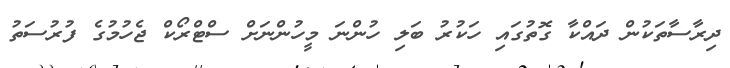
ދިރާސާތަކުން ދައްކާ ގޮތުގައި ހަކުރު ބަލި ހުންނަ މީހުންނަށް ސްޓްރޯކް ޖެހުމުގެ ފުރުސަތު